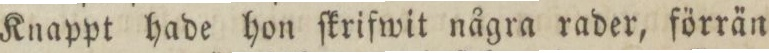
Knappt hade hon ſkrifwit några rader, förrän